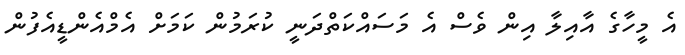
އެ މީހާގެ އާއިލާ އިން ވެސް އެ މަސައްކަތްދަނީ ކުރަމުން ކަމަށް އެމްއެންޑީއެފުން